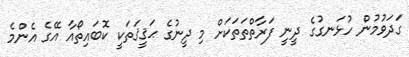
ގަދަވުމުން ހުޅަނގުގެ ދީނީ ފަރާތްތަތަކަށް މި ދީނުގެ ޙަޤީޤަތަކީ ކޮބައިތޯއާ އޭގެ އެންމެ